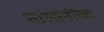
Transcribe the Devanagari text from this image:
सांस्क्रतिक